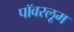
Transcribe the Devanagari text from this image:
पॉवरलूम